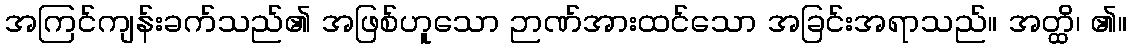
အကြင်ကျန်းခက်သည်၏ အဖြစ်ဟူသော ဉာဏ်အားထင်သော အခြင်းအရာသည်။ အတ္ထိ၊ ၏။